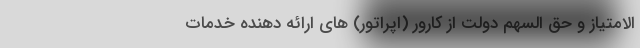
الامتیاز و حق السهم دولت از کارور (اپراتور) های ارائه دهنده خدمات